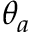
\theta _ { a }